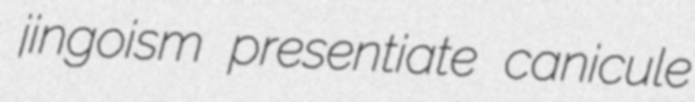
jingoism presentiate canicule